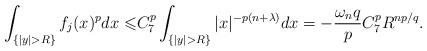
LaTeX: \begin{align*}\int_{\{|y| > R\}} f_j(x)^p dx \leqslant & C_7^p \int_{\{|y| > R\}}|x|^{-p(n+\lambda)}dx = -\frac{\omega_n q} p C_7^pR^{np/q}.\end{align*}